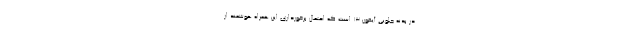
در بدنه جلویی آیفون 13 است که احتمال برخورداری این همراه هوشمند از